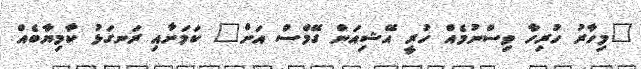
"މިހާރު ހުރިހާ ވިސްނުމެއް ހުރީ އޭޝިއަން ގޭމްސް އަށް" ކަމަށާއި ރަނގަޅު ކާމިޔާބެއް